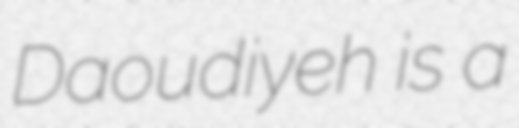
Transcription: Daoudiyeh is a